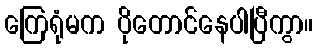
ကြေရုံမက ပိုတောင်နေပါပြီကွာ။